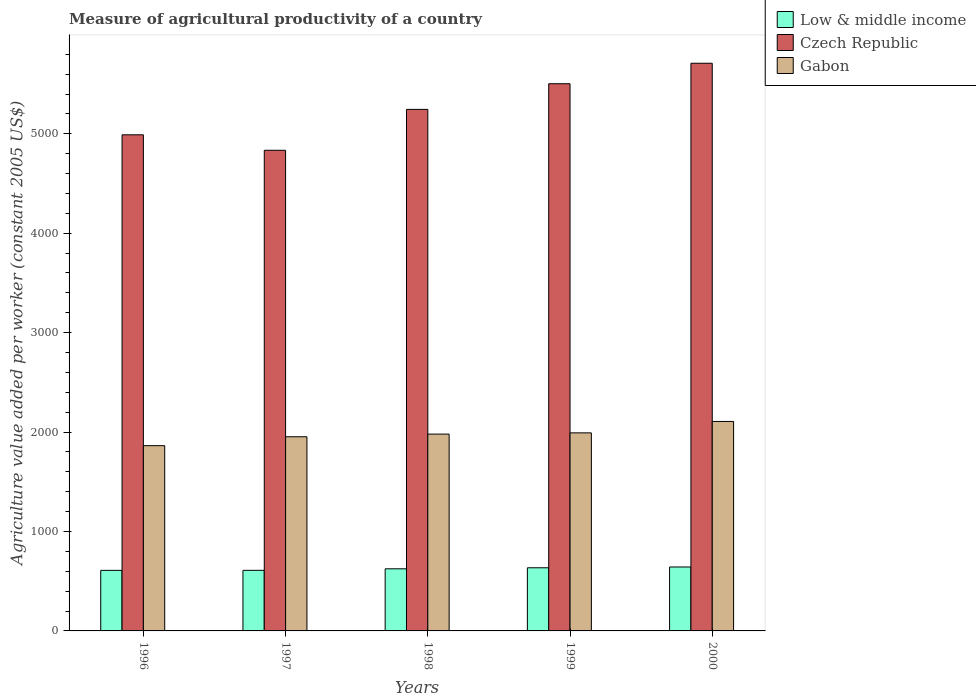
| Years | Low & middle income | Czech Republic | Gabon |
 | --- | --- | --- | --- |
 | 1996 | 609 | 4.99e+03 | 1.86e+03 |
 | 1997 | 609 | 4.83e+03 | 1.95e+03 |
 | 1998 | 625 | 5.25e+03 | 1.98e+03 |
 | 1999 | 635 | 5.5e+03 | 1.99e+03 |
 | 2000 | 643 | 5.71e+03 | 2.11e+03 |